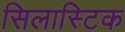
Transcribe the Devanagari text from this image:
सिलास्टिक